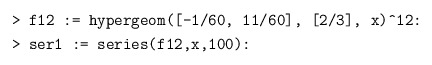
\begin{align*} &\texttt{> f12 := hypergeom([-1/60, 11/60], [2/3], x)\^{}12:}\\ &\texttt{> ser1 := series(f12,x,100):} \end{align*}